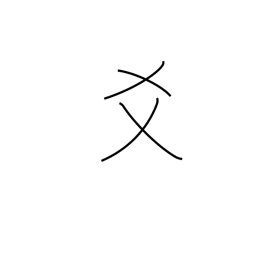
Meaning: to mix with